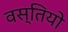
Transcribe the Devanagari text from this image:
वस्तियो